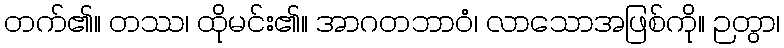
တက်၏။ တဿ၊ ထိုမင်း၏။ အာဂတဘာဝံ၊ လာသောအဖြစ်ကို။ ဉတွာ၊